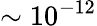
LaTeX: \sim 10^{-12}